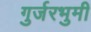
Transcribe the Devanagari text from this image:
गुर्जरभुमी